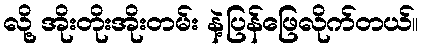
လို့ အိုးတိုးအိုးတမ်း နဲ့ပြန်ဖြေလိုက်တယ်။